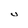
Character: U